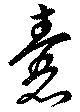
嚢